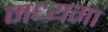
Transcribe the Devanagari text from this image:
मध्यगा